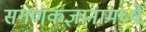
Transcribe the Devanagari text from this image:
संगणकज्ञानामध्ये